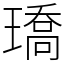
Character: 𤩝